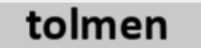
tolmen